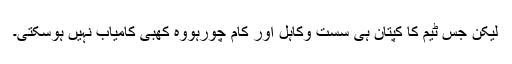
لیکن جس ٹیم کا کپتان ہی سست وکاہل اور کام چورہووہ کھبی کامیاب نہیں ہوسکتی۔